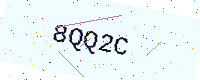
Text: 8QQ2C